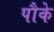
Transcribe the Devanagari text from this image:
पौके